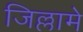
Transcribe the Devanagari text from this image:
जिल्लामे